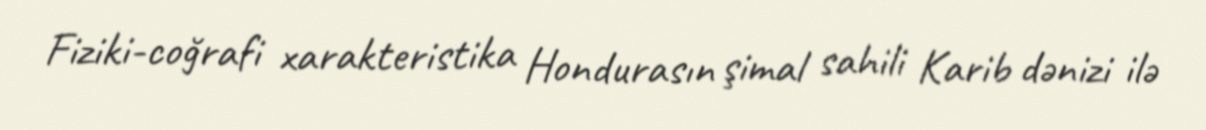
Fiziki-coğrafi xarakteristika Hondurasın şimal sahili Karib dənizi ilə